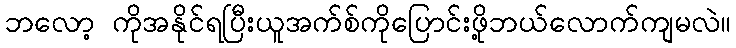
ဘလော့ ကိုအနိုင်ရပြီးယူအက်စ်ကိုပြောင်းဖို့ဘယ်လောက်ကျမလဲ။